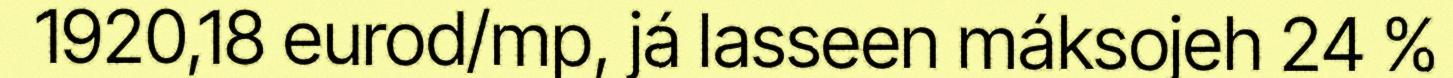
1920,18 eurod/mp, já lasseen máksojeh 24 %